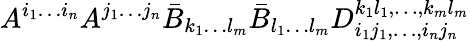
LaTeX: A^{i_{1}\ldots i_{n}}A^{j_{1}\ldots j_{n}}\bar{B}_{k_{1}\ldots l_{m}}\bar{B}_{l_{1}\ldots l_{m}}D_{i_{1}j_{1},\ldots,i_{n}j_{n}}^{k_{1}l_{1},\ldots,k_{m}l_{m}}